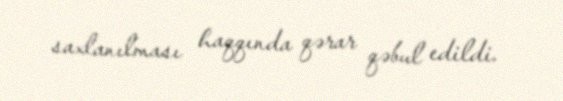
saxlanılması haqqında qərar qəbul edildi.